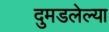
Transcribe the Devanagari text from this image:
दुमडलेल्या